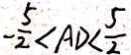
- \frac { 5 } { 2 } < A D < \frac { 5 } { 2 }